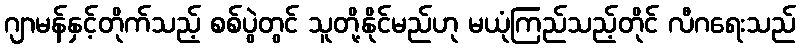
ဂျာမန်နှင့်တိုက်သည့် စစ်ပွဲတွင် သူတို့နိုင်မည်ဟု မယုံကြည်သည့်တိုင် လီဂရေးသည်